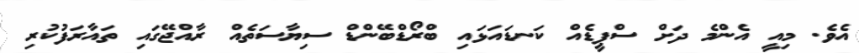
އެވެ. މިއީ އެންމެ ދަށް ސްޕީޑެއް ކަނޑައަޅައި ބްރޯޑްބޭންޑް ސިޔާސަތެއް ރާއްޖޭގައި ތައާރަފުކުރި